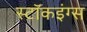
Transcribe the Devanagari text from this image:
स्टॉकइंग्स